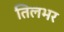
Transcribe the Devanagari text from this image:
तिलभर